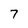
Character: 7